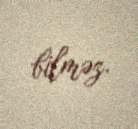
bilməz.